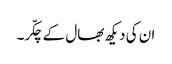
ان کی دیکھ بھال کے چکّر۔